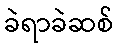
ခဲရာခဲဆစ်